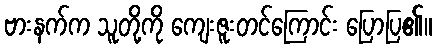
ဗားနက်က သူတို့ကို ကျေးဇူးတင်ကြောင်း ပြောပြ၏။